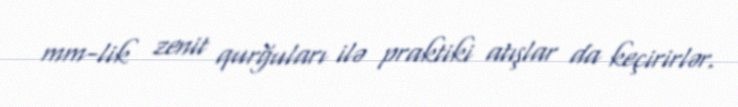
mm-lik zenit qurğuları ilə praktiki atışlar da keçirirlər.